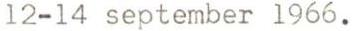
12-14 september 1966.